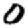
Digit: 0